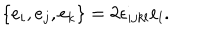
\{ e _ { i } , e _ { j } , e _ { k } \} = 2 \epsilon _ { i j k l } e _ { l } .